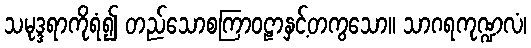
သမုဒ္ဒရာကိုရံ၍ တည်သောစကြာဝဠာနှင့်တကွသော။ သာဂရကုဏ္ဍလံ၊